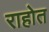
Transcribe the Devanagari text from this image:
राहोत